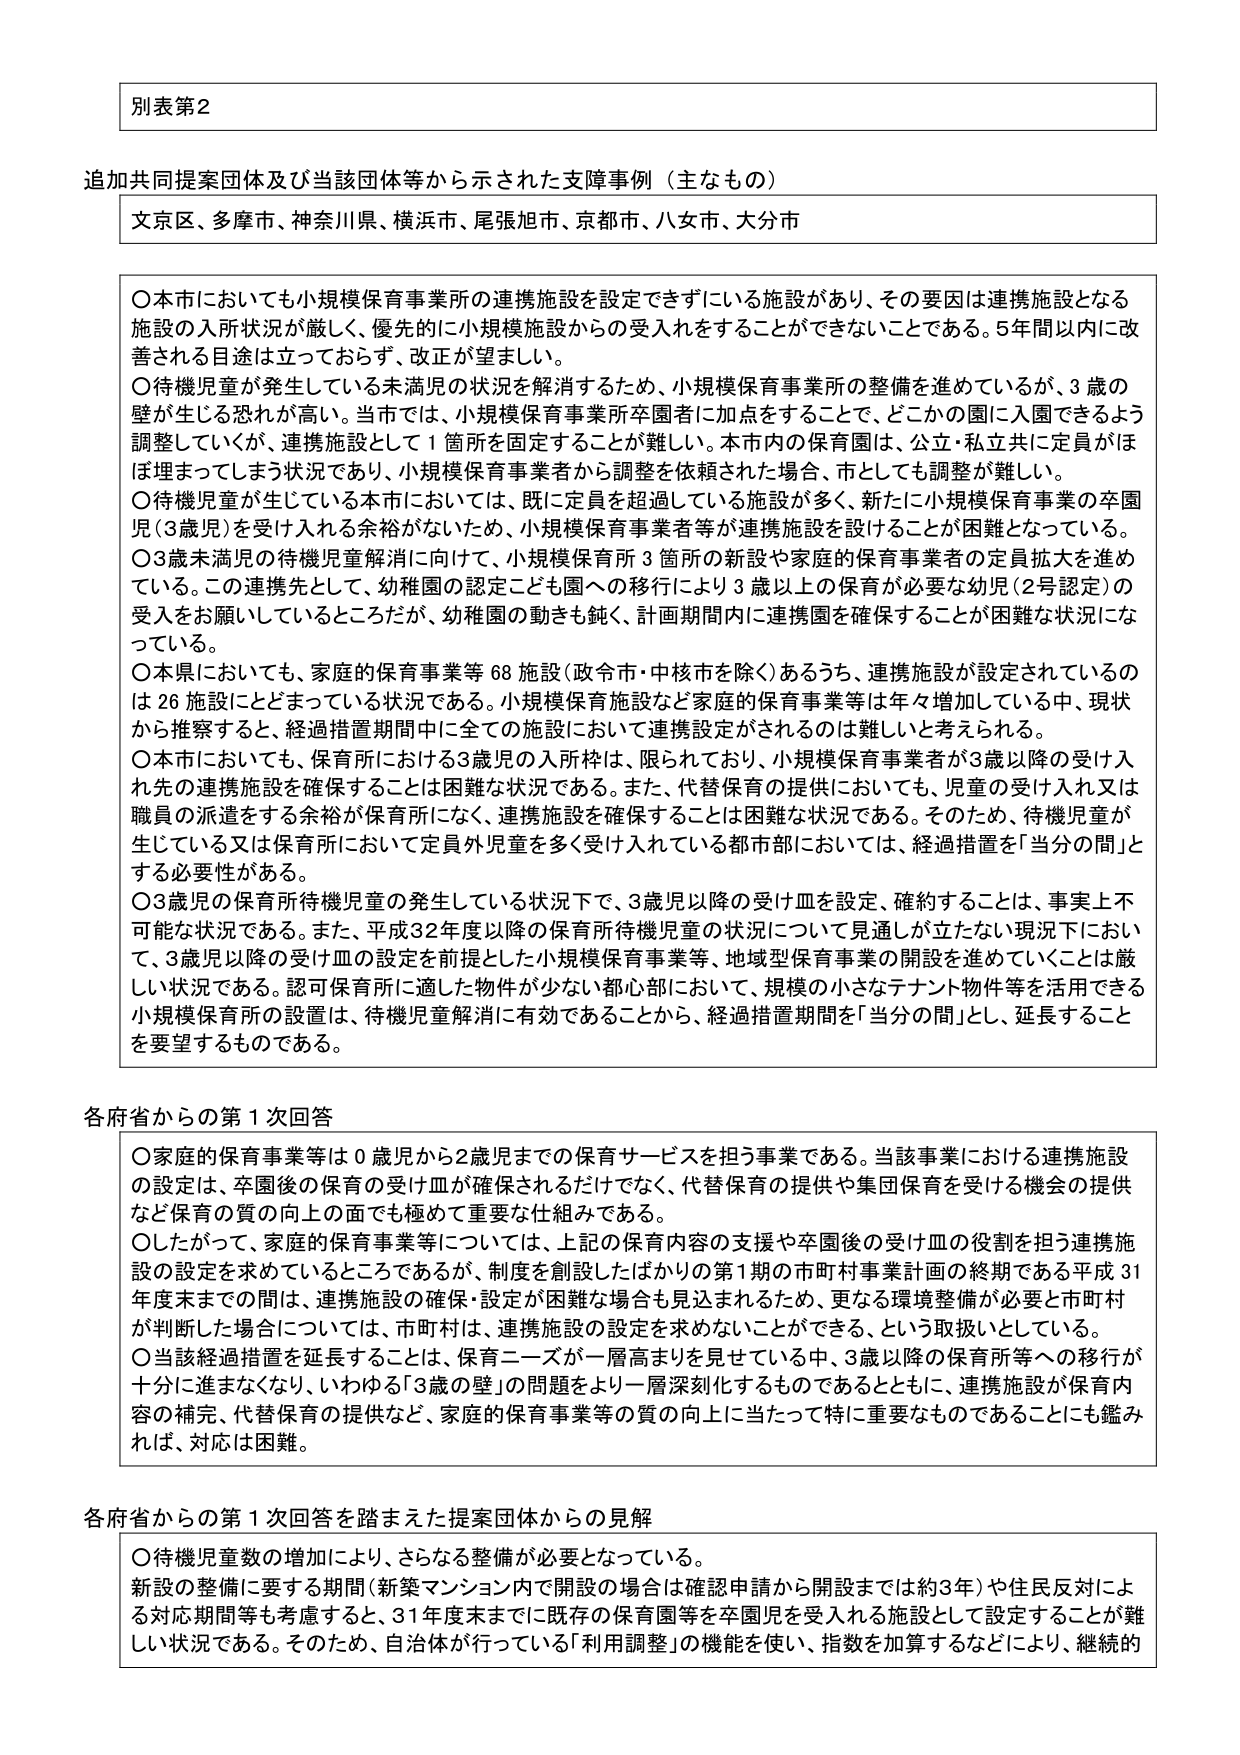
別表第2

追加共同提案団体及び当該団体等から示された支援事例（主なもの）
文京区、多摩市、神奈川県、横浜市、尾張旭市、京都市、八女市、大分市

○本市においても小規模保育事業所の連携施設を設定できずにいる施設があり、その要因は連携施設となる施設の入所状況が厳しく、優先的に小規模施設からの受入れをすることができないことである。5年間以内に改善される目途は立っておらず、改正が望ましい。
○待機児童が発生している未満児の状況を解消するため、小規模保育事業所の整備を進めているが、3歳の壁が生じる恐れが高い。当市では、小規模保育事業所卒園者に加点をすることで、どこかの園に入園できるよう調整していくが、連携施設として1箇所を固定することが難しい。本市内の保育園は、公立・私立共に定員がほぼ埋まってしまう状況であり、小規模保育事業者から調整を依頼された場合、市としても調整が難しい。
○待機児童が生じている本市においては、既に定員を超過している施設が多く、新たに小規模保育事業の卒園児（3歳児）を受け入れる余裕がないため、小規模保育事業者等が連携施設を設けることが困難となっている。
○3歳未満児の待機児童解消に向けて、小規模保育所3箇所の新設や家庭的保育事業者の定員拡大を進めている。この連携先として、幼稚園の認定こども園への移行により3歳以上の保育が必要な幼児（2号認定）の受入をお願いしているところだが、幼稚園の動きも鈍く、計画期間内に連携園を確保することが困難な状況になっている。
○本県においても、家庭的保育事業等68施設（政令市・中核市を除く）あるうち、連携施設が設定されているのは26施設にとどまっている状況である。小規模保育施設など家庭的保育事業等は年々増加している中、現状から検討すると、経過措置期間中全ての施設において連携設定がされるのは難しいと考えられる。
○本市においても、保育所における3歳児の入所枠は、限られており、小規模保育事業者が3歳以降の受け入れ先の連携施設を確保することは困難な状況である。また、代替保育の提供においても、児童の受け入れ又は職員の派遣をする余裕が保育所になく、連携施設を確保することは困難な状況である。そのため、待機児童が生じている又は保育所において定員外児童を多く受け入れている都市部においては、経過措置を「当分の間」とする必要性がある。
○3歳児の保育所待機児童の発生している状況下で、3歳児以降の受け皿を設定、確約することは、事実上不可能な状況である。また、平成32年度以降の保育所待機児童の状況について見通しが立たない現況下において、3歳児以降の受け皿の設定を前提とした小規模保育事業等、地域型保育事業の開設を進めていくことは厳しい状況である。認可保育所に適した物件が少ない都心部において、規模の小さなテナント物件等を活用できる小規模保育所の設置は、待機児童解消に有効であることから、経過措置期間を「当分の間」とし、延長することを要望するものである。

各府省からの第1次回答
○家庭的保育事業等は0歳児から2歳児までの保育サービスを担う事業である。当該事業における連携施設の設定は、卒園後の保育の受け皿が確保されるだけでなく、代替保育の提供や集団保育を受ける機会の提供など保育の質の向上の面でも極めて重要な仕組みである。
○したがって、家庭的保育事業等については、上記の保育内容の支援や卒園後の受け皿の役割を担う連携施設の設定を求めているところであるが、制度を創設したばかりの第1期の市町村事業計画の終期である平成31年度末までの間は、連携施設の確保・設定が困難な場合も見込まれるため、更なる環境整備が必要と市町村が判断した場合については、市町村は、連携施設の設定を求めないことができる、という取扱いとしている。
○当該経過措置を延長することは、保育ニーズが一層高まりを見せている中、3歳以降の保育所等への移行が十分に進まなくなり、いわゆる「3歳の壁」の問題をより一層深刻化するものであるとともに、連携施設が保育内容の補完、代替保育の提供など、家庭的保育事業等の質の向上に当たって特に重要なものであることにも鑑みれば、対応は困難。

各府省からの第1次回答を踏まえた提案団体からの見解
○待機児童数の増加により、さらなる整備が必要となっている。
新設の整備に要する期間（新築マンション内で開設の場合は確認申請から開設までは約3年）や住民反対による対応期間等も考慮すると、31年度末までに既存の保育園等を卒園児を受入れる施設として設定することが難しい状況である。そのため、自治体が行っている「利用調整」の機能を使い、指数を加算するなどにより、継続的